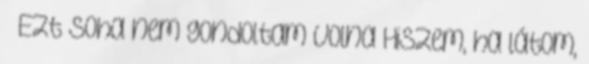
» Ezt soha nem gondoltam volna Hiszem, ha látom,